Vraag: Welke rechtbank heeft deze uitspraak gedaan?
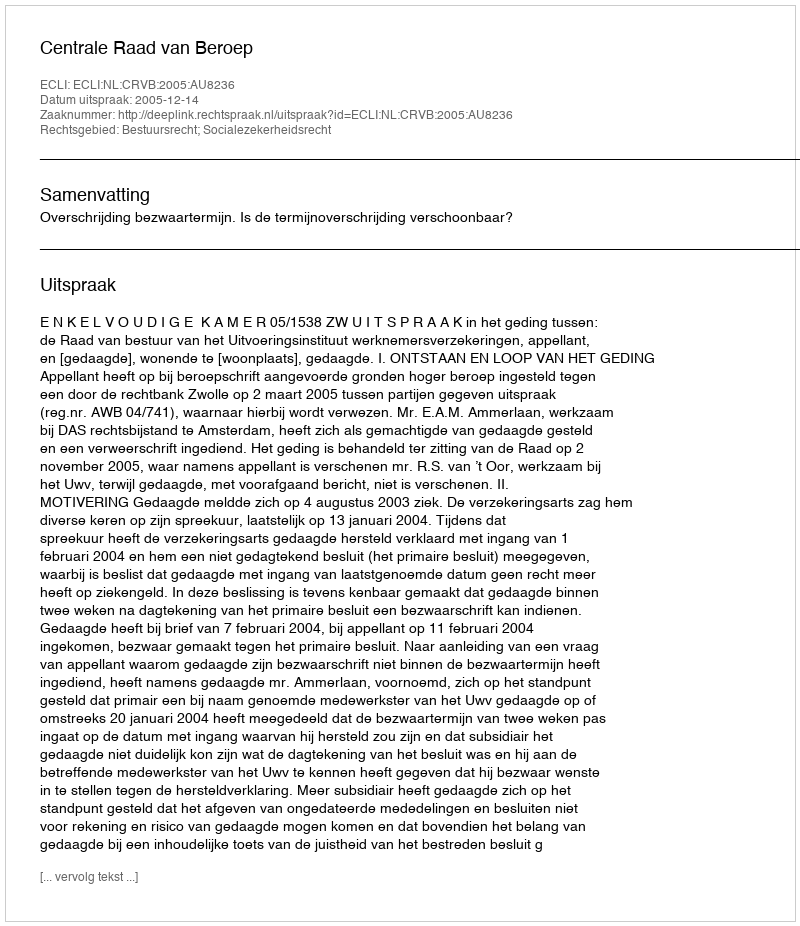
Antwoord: Centrale Raad van Beroep